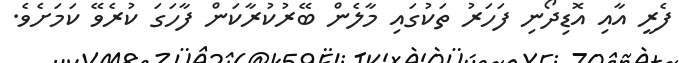
ފެރީ އާއި އޮޑިދޯނި ފަހަރު ތަކުގައި މާލެން ބޭރުކުރާކަން ފާހަގަ ކުރެވޭ ކަމަށެވެ.